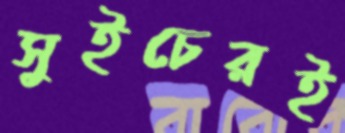
সুইচেরই